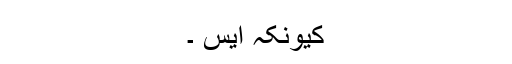
کیونکہ ایس ۔